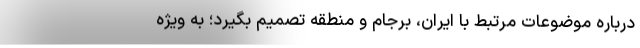
درباره موضوعات مرتبط با ایران، برجام و منطقه تصمیم بگیرد؛ به ویژه